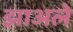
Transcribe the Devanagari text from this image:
झाअले